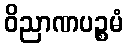
ဝိညာဏပဉ္စမံ